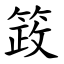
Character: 䈣